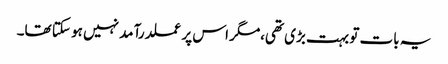
یہ بات تو بہت بڑی تھی،مگر اس پر عملدرآمد نہیں ہو سکتا تھا۔